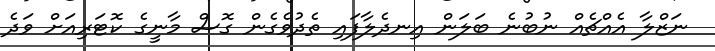
ނަޒްލާ އެއްޗެއް ނުބުނެ ބަލަން އިނދެލާފައި ތެދުވެގެން ގޮސް މާނީގެ ކޮޓަރިއަށް ވަދެ